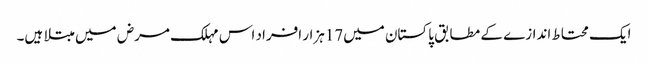
ایک محتاط اندازے کے مطابق پاکستان میں17ہزار افراد اس مہلک مرض میں مبتلا ہیں۔